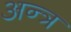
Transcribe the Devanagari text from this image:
अन्त्र